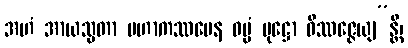
အဟံ အာယသ္မတာ မဟာကဿပေန ဓမ္မံ ပုဋ္ဌော ဝိဿဇ္ဇေယျ”န္တိ၊